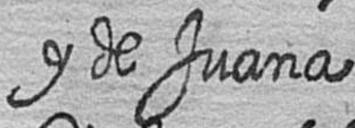
y de Juana